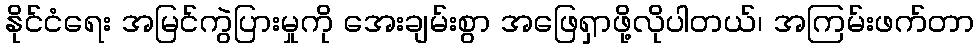
နိုင်ငံရေး အမြင်ကွဲပြားမှုကို အေးချမ်းစွာ အဖြေရှာဖို့လိုပါတယ်၊ အကြမ်းဖက်တာ